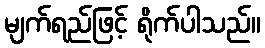
မျက်ရည်ဖြင့် ရိုက်ပါသည်။